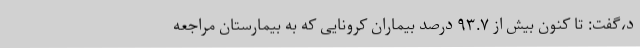
د،گفت: تا کنون بیش از ۹۳.۷ درصد بیماران کرونایی که به بیمارستان مراجعه